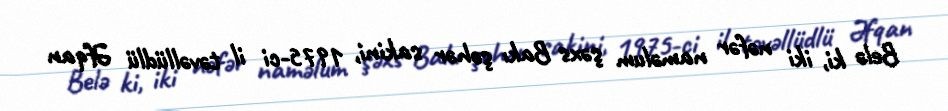
Belə ki, iki nəfər naməlum şəxs Bakı şəhər sakini, 1975-ci il təvəllüdlü Əfqan